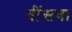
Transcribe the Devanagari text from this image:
बींसवा